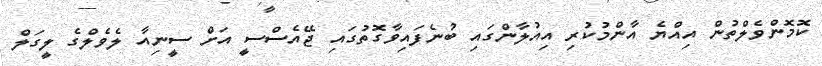
ކޮމޮންވެލްތުން އިއްޔެ އާންމުކުރި އިއުލާންގައި ބުނެފައިވާގޮތުގައި ޖޭއެސްސީ އަށް ސީނިއާ ލެވެލްގެ ލީގަލް